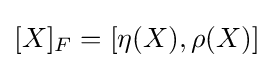
{\textstyle [X]_{F}=[\eta (X),\rho (X)]}